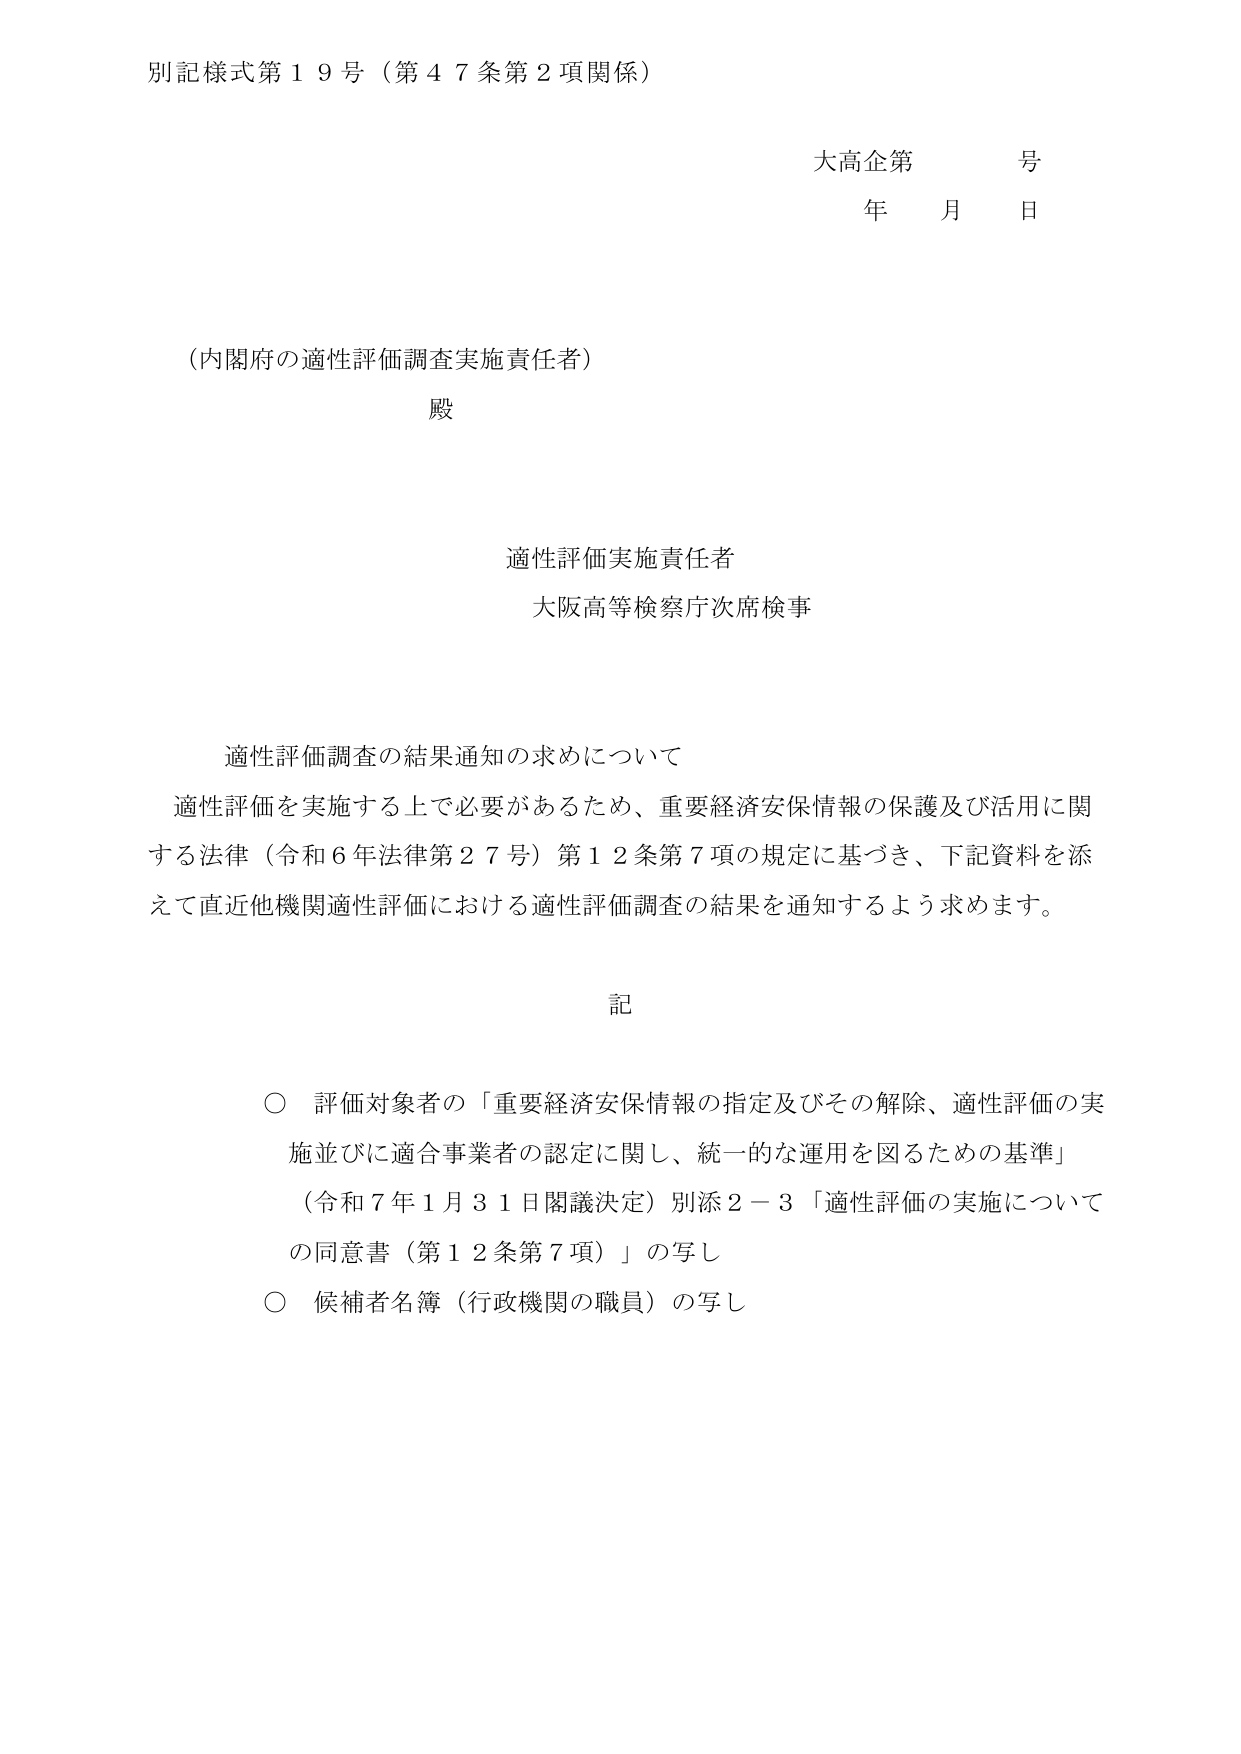
別記様式第１９号（第４７条第２項関係）

大高企第　　号
年　　月　　日

（内閣府の適性評価調査実施責任者）
殿

適性評価実施責任者
大阪高等検察庁次席検事

適性評価調査の結果通知の求めについて
適性評価を実施する上で必要があるため、重要経済安保情報の保護及び活用に関する法律（令和６年法律第２７号）第１２条第７項の規定に基づき、下記資料を添えて直近他機関適性評価における適性評価調査の結果を通知するよう求めます。

記

○ 評価対象者の「重要経済安保情報の指定及びその解除、適性評価の実施並びに適合事業者の認定に関し、統一的な運用を図るための基準」
（令和７年１月３１日閣議決定）別添２－３「適性評価の実施についての同意書（第１２条第７項）」の写し
○ 候補者名簿（行政機関の職員）の写し